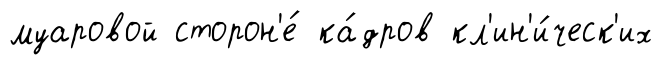
муаровой сторон'е́ ка́дров кл'ин'и́ческ'их